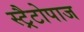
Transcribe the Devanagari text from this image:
स्ट्रैटोपाज